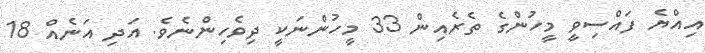
އިއްޔެ ފައްސިވީ މީހުންގެ ތެރެއިން 33 މީހުންނަކީ ދިވެހިންނެވެ. އަދި އަނެއް 18